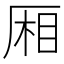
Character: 厢